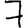
Digit: 7